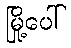
မြို့ပေါ်